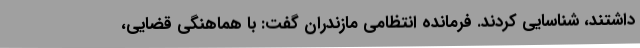
داشتند، شناسایی کردند. فرمانده انتظامی مازندران گفت: با هماهنگی قضایی،